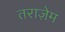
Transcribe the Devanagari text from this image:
तराज़ेम